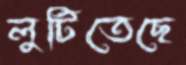
লুটিতেছে